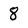
Character: 8